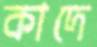
কাদে